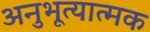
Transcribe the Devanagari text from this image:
अनुभूत्यात्मक